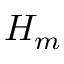
H _ { m }